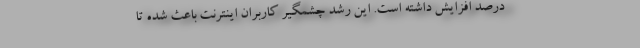
درصد افزايش داشته است. اين رشد چشمگير كاربران اينترنت باعث شده تا